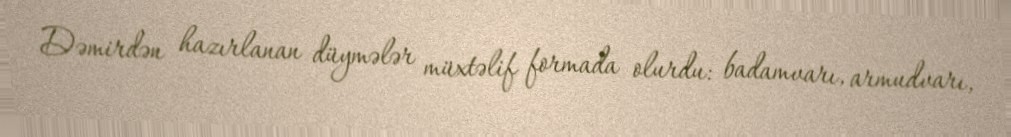
Dəmirdən hazırlanan düymələr müxtəlif formada olurdu: badamvarı, armudvarı,